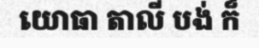
យោធា តាលី បង់ ក៏